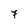
Character: 7